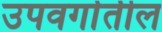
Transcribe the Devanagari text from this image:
उपवर्गातील